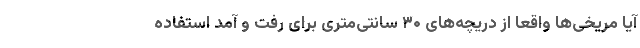
آیا مریخی‌ها واقعا از دریچه‌های ۳۰ سانتی‌متری برای رفت و آمد استفاده